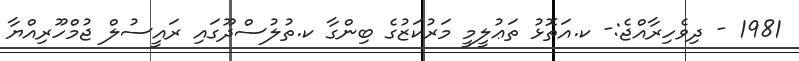
1981 - ދިވެހިރާއްޖެ:- ކ.އަތޮޅު ތަޢުލީމީ މަރުކަޒުގެ ބިންގާ ކ.ތުލުސްދޫގައި ރައީސުލް ޖުމްހޫރިއްޔާ